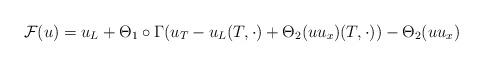
LaTeX: \begin{align*}\mathcal{F}( u ) =u_{L} +\Theta_1 \circ\Gamma( u_{T}-u_{L}( T,\cdot) +\Theta_ 2( uu_{x}) ( T,\cdot) ) - \Theta_2( uu_{x}) \end{align*}